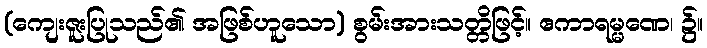
(ကျေးဇူးပြုသည်၏ အဖြစ်ဟူသော) စွမ်းအားသတ္တိဖြင့်။ ဧကာရမ္မဏေ၊ ၌။